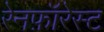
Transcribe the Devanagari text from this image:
रेनफ़ॉरेस्ट